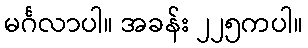
မင်္ဂလာပါ။ အခန်း ၂၂၅ကပါ။